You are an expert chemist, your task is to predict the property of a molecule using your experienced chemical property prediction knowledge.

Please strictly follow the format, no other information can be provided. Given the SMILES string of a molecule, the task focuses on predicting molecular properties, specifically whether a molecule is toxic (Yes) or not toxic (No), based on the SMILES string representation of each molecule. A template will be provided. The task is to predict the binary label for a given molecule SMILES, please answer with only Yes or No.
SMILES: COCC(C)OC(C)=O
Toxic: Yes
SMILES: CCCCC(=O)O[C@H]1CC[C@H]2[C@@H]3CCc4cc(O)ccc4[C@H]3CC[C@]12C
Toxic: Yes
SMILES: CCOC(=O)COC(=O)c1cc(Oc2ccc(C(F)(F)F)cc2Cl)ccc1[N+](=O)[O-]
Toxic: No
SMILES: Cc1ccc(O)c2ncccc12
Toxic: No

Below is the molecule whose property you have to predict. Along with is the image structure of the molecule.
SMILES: Cc1ncc(COP(=O)(O)O)c(C=O)c1O
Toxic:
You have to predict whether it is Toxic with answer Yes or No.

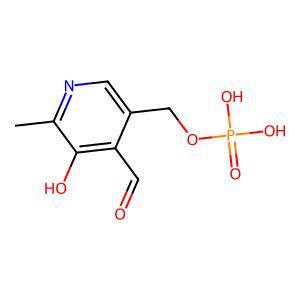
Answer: No